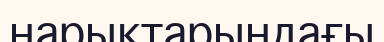
нарықтарындағы